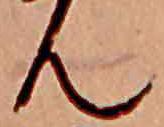
ん